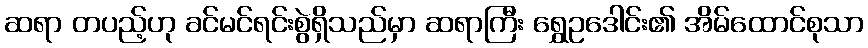
ဆရာ တပည့်ဟု ခင်မင်ရင်းစွဲရှိသည်မှာ ဆရာကြီး ရွှေဥဒေါင်း၏ အိမ်ထောင်စုသာ